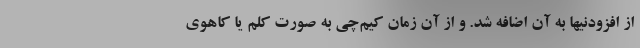
از افزودنیها به آن اضافه شد. و از آن زمان کیم‌چی به صورت کلم یا کاهوی